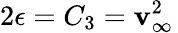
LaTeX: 2\epsilon=C_{3}=\mathbf{v}_{\infty}^{2}\,